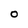
Character: O